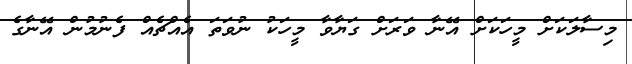
މިސާލަކަށް މީހަކަށް އޭނާ ވަރަށް ގަޔާވާ މީހަކު ނުވަތަ އެއްޗެއް ފެނުމުން އޭނާގެ